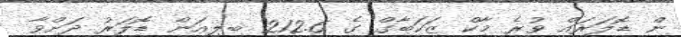
ން ޑޮލަރައް ވުރެ މާކް ޒަކަބާގް ގެ 212.6 ބިލިއަން ޑޮލަރު ދަށްވާ